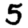
Digit: 5